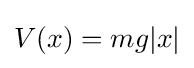
V(x)=mg|x|